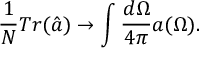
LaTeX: \frac { 1 } { N } T r ( \hat { a } ) \rightarrow \int \frac { d \Omega } { 4 \pi } a ( \Omega ) .